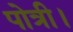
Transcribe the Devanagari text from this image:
पोत्री।